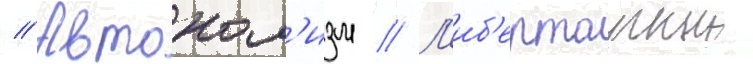
// Автоном'изм // Л'иб'ертарныи